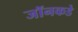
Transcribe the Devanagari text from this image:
जॉनकडे